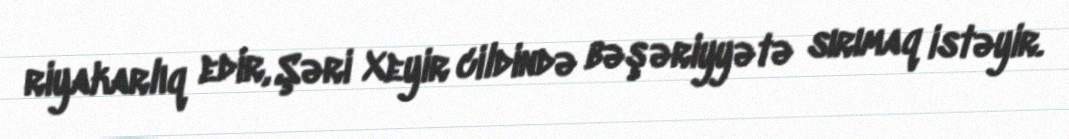
riyakarlıq edir, Şəri Xeyir cildində bəşəriyyətə sırımaq istəyir.